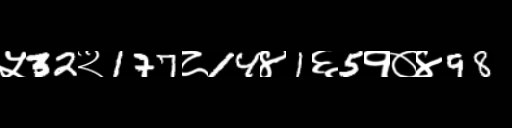
Text: ५32२177८14४1६5१०४98